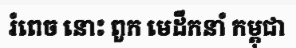
រំពេច នោះ ពួក មេដឹកនាំ កម្ពុជា